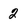
Character: 2